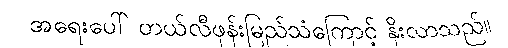
အရေးပေါ် တယ်လီဖုန်းမြည်သံကြောင့် နိုးလာသည်။